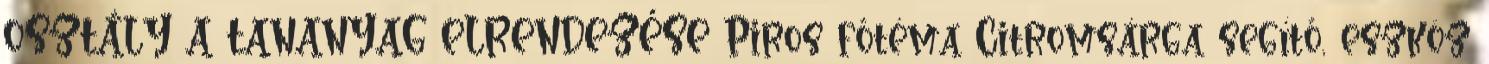
OSZTÁLY A TANANYAG ELRENDEZÉSE Piros főtéma Citromsárga segítő, eszköz